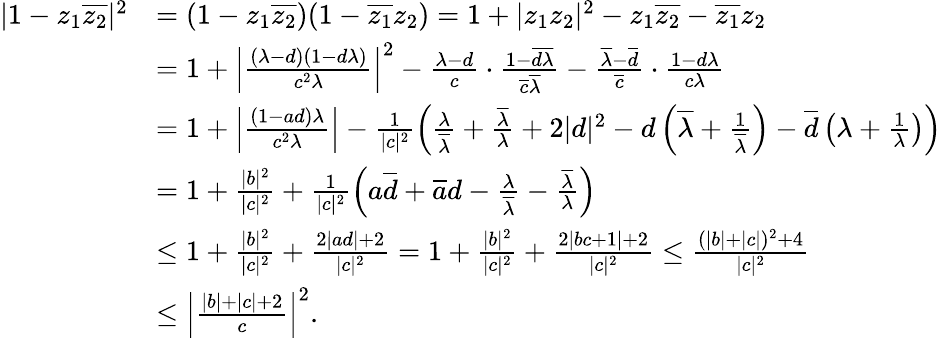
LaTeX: \begin{array}{rl}{|1-z_{1}\overline{{z_{2}}}|^{2}}&{=(1-z_{1}\overline{{z_{2}}})(1-\overline{{z_{1}}}z_{2})=1+|z_{1}z_{2}|^{2}-z_{1}\overline{{z_{2}}}-\overline{{z_{1}}}z_{2}}\\ &{=1+\left|\frac{(\lambda-d)(1-d\lambda)}{c^{2}\lambda}\right|^{2}-\frac{\lambda-d}{c}\cdot\frac{1-\overline{{d}}\overline{{\lambda}}}{\overline{{c}}\overline{{\lambda}}}-\frac{\overline{{\lambda}}-\overline{{d}}}{\overline{{c}}}\cdot\frac{1-d\lambda}{c\lambda}}\\ &{=1+\left|\frac{(1-ad)\lambda}{c^{2}\lambda}\right|-\frac{1}{|c|^{2}}\left(\frac{\lambda}{\overline{{\lambda}}}+\frac{\overline{{\lambda}}}{\lambda}+2|d|^{2}-d\left(\overline{{\lambda}}+\frac{1}{\overline{{\lambda}}}\right)-\overline{{d}}\left(\lambda+\frac{1}{\lambda}\right)\right)}\\ &{=1+\frac{|b|^{2}}{|c|^{2}}+\frac{1}{|c|^{2}}\left(a\overline{{d}}+\overline{{a}}d-\frac{\lambda}{\overline{{\lambda}}}-\frac{\overline{{\lambda}}}{\lambda}\right)}\\ &{\leq 1+\frac{|b|^{2}}{|c|^{2}}+\frac{2|ad|+2}{|c|^{2}}=1+\frac{|b|^{2}}{|c|^{2}}+\frac{2|bc+1|+2}{|c|^{2}}\leq\frac{(|b|+|c|)^{2}+4}{|c|^{2}}}\\ &{\leq\left|\frac{|b|+|c|+2}{c}\right|^{2}.}\end{array}